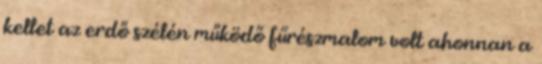
kellet az erdő szélén működő fűrészmalom volt ahonnan a